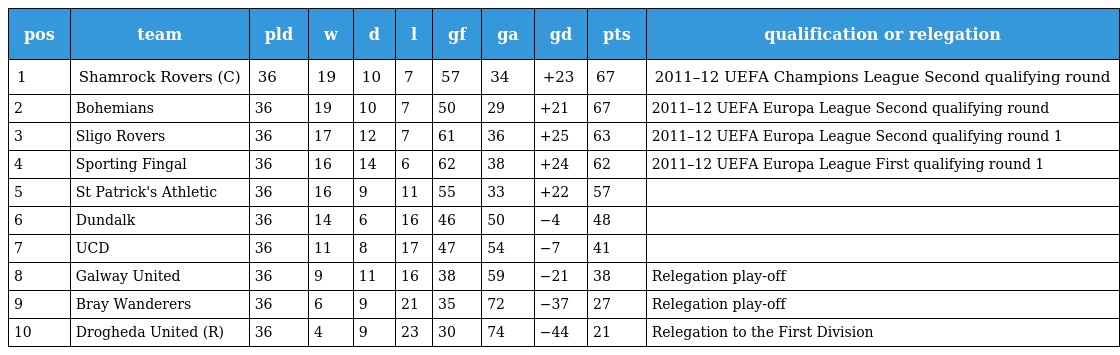
| pos | team | pld | w | d | l | gf | ga | gd | pts | qualification or relegation |
 | --- | --- | --- | --- | --- | --- | --- | --- | --- | --- | --- |
 | 1 | Shamrock Rovers (C) | 36 | 19 | 10 | 7 | 57 | 34 | +23 | 67 | 2011–12 UEFA Champions League Second qualifying round |
 | 2 | Bohemians | 36 | 19 | 10 | 7 | 50 | 29 | +21 | 67 | 2011–12 UEFA Europa League Second qualifying round |
 | 3 | Sligo Rovers | 36 | 17 | 12 | 7 | 61 | 36 | +25 | 63 | 2011–12 UEFA Europa League Second qualifying round 1 |
 | 4 | Sporting Fingal | 36 | 16 | 14 | 6 | 62 | 38 | +24 | 62 | 2011–12 UEFA Europa League First qualifying round 1 |
 | 5 | St Patrick's Athletic | 36 | 16 | 9 | 11 | 55 | 33 | +22 | 57 |  |
 | 6 | Dundalk | 36 | 14 | 6 | 16 | 46 | 50 | −4 | 48 |  |
 | 7 | UCD | 36 | 11 | 8 | 17 | 47 | 54 | −7 | 41 |  |
 | 8 | Galway United | 36 | 9 | 11 | 16 | 38 | 59 | −21 | 38 | Relegation play-off |
 | 9 | Bray Wanderers | 36 | 6 | 9 | 21 | 35 | 72 | −37 | 27 | Relegation play-off |
 | 10 | Drogheda United (R) | 36 | 4 | 9 | 23 | 30 | 74 | −44 | 21 | Relegation to the First Division |